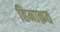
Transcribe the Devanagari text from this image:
हिमाक़त